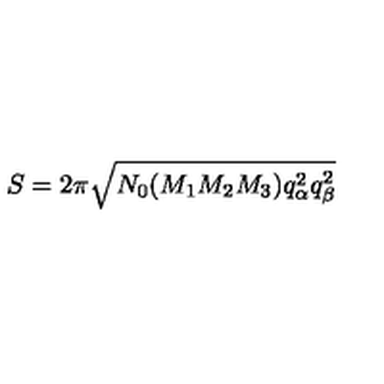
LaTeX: S = 2 \pi \sqrt { N _ { 0 } ( M _ { 1 } M _ { 2 } M _ { 3 } ) q _ { \alpha } ^ { 2 } q _ { \beta } ^ { 2 } }